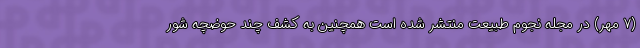
(۷ مهر) در مجله نجوم طبیعت منتشر شده است همچنین به کشف چند حوضچه شور